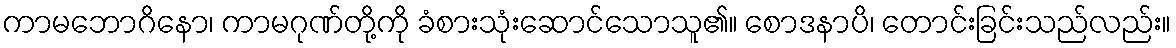
ကာမဘောဂိနော၊ ကာမဂုဏ်တို့ကို ခံစားသုံးဆောင်သောသူ၏။ စောဒနာပိ၊ တောင်းခြင်းသည်လည်း။